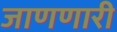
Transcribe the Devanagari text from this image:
जाणणारी